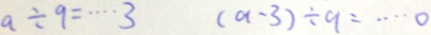
a \div 9 \cdots 3 ( a - 3 ) \div 9 = \cdots 0